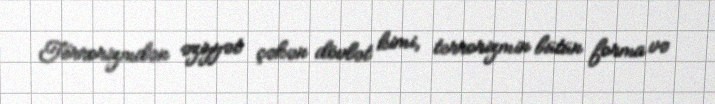
Terrorizmdən əziyyət çəkən dövlət kimi, terrorizmin bütün forma və